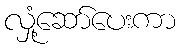
လှုံ့ဆော်ပေးကာ